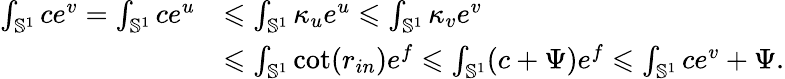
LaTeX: \begin{array}{rl}{\int_{\mathbb S^{1}}ce^{v}=\int_{\mathbb S^{1}}ce^{u}}&{\leqslant\int_{\mathbb S^{1}}\kappa_{u}e^{u}\leqslant\int_{\mathbb S^{1}}\kappa_{v}e^{v}}\\ &{\leqslant\int_{\mathbb S^{1}}\cot(r_{in})e^{f}\leqslant\int_{\mathbb S^{1}}(c+\Psi)e^{f}\leqslant\int_{\mathbb S^{1}}ce^{v}+\Psi.}\end{array}